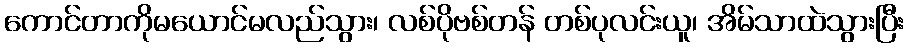
ကောင်တာကိုမယောင်မလည်သွား၊ လစ်ပိုဗစ်တန် တစ်ပုလင်းယူ၊ အိမ်သာထဲသွားပြီး